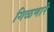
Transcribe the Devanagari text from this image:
गिळणारे